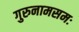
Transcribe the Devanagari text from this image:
गुरुनामसमः